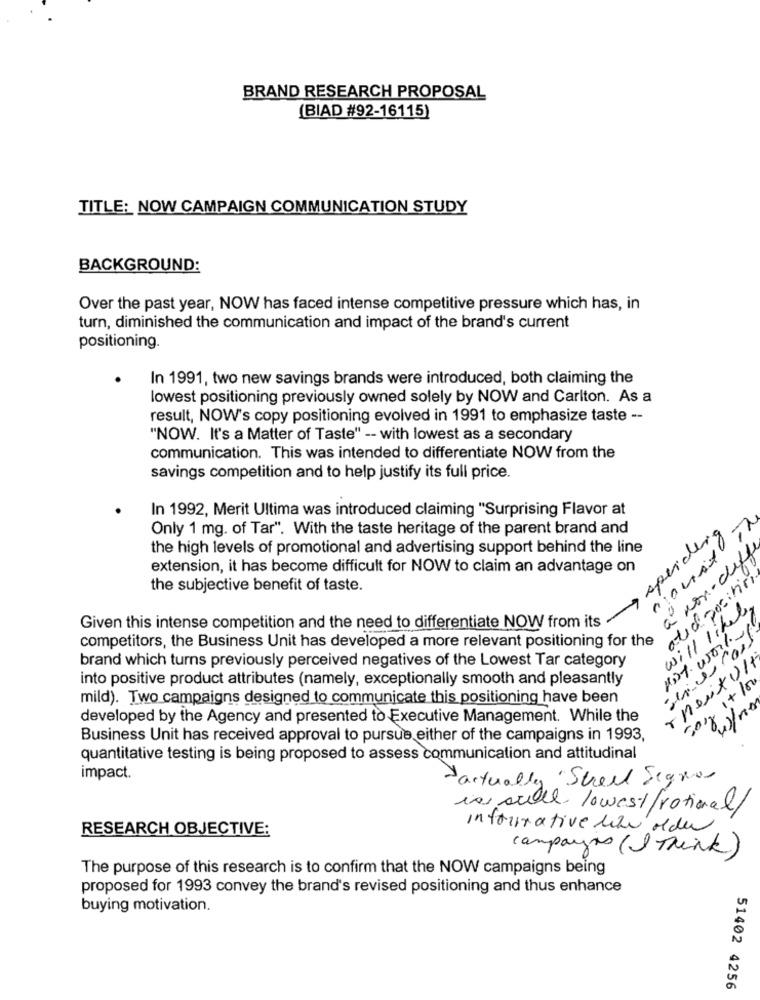
BRAND RESEARCH PROPOSAL
(BIAD #92-16115)
TITLE: NOW CAMPAIGN COMMUNICATION STUDY
BACKGROUND:
Over the past year, NOW has faced intense competitive pressure which has, in
turn, diminished the communication and impact of the brand's current
positioning.
In 1991, two new savings brands were introduced, both claiming the
lowest positioning previously owned solely by NOW and Carlton. As a
result, NOW's copy positioning evolved in 1991 to emphasize taste --
"NOW. It's a Matter of Taste" -- with lowest as a secondary
communication. This was intended to differentiate NOW from the
savings competition and to help justify its full price.
In 1992, Merit Ultima was introduced claiming "Surprising Flavor at
Only 1 mg. of Tar". With the taste heritage of the parent brand and
spending
the high levels of promotional and advertising support behind the line
a non-deff
extension, it has become difficult for NOW to claim an advantage on
atidpositivi
the subjective benefit of taste.
parMois
will liked
Given this intense competition and the need to differentiate NOW from its
competitors, the Business Unit has developed a more relevant positioning for the
brand which turns previously perceived negatives of the Lowest Tar category
Thesixult
into positive product attributes (namely, exceptionally smooth and pleasantly
mild). Two campaigns designed to communicate this positioning have been
developed by the Agency and presented to Executive Management. While the
Business Unit has received approval to pursue either of the campaigns in 1993,
quantitative testing is being proposed to assess communication and attitudinal
impact.
actually Street Seguros
10 sull lowest/rational/
RESEARCH OBJECTIVE:
informative le alder
campayos (I Think)
The purpose of this research is to confirm that the NOW campaigns being
proposed for 1993 convey the brand's revised positioning and thus enhance
buying motivation.
51402 4256